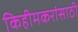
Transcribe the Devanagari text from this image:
किहीमकरांसाठी